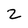
Character: 2